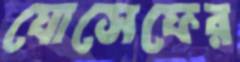
যোসেফের